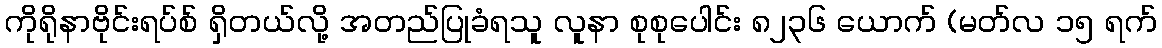
ကိုရိုနာဗိုင်းရပ်စ် ရှိတယ်လို့ အတည်ပြုခံရသူ လူနာ စုစုပေါင်း ၈၂၃၆ ယောက် (မတ်လ ၁၅ ရက်